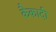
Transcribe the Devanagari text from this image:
कैकादी